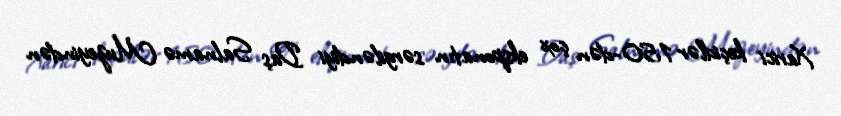
Xarici keçidlər 150-dən çox eksponatın sərgiləndiyi Daş Salnamə Muzeyindən